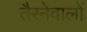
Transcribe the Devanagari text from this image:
तैरनेवालों